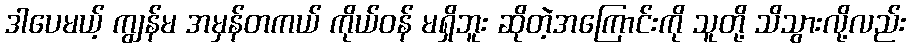
ဒါပေမယ့် ကျွန်မ အမှန်တကယ် ကိုယ်ဝန် မရှိဘူး ဆိုတဲ့အကြောင်းကို သူတို့ သိသွားလို့လည်း